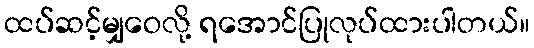
ထပ်ဆင့်မျှဝေလို့ ရအောင်ပြုလုပ်ထားပါတယ်။